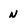
Character: n